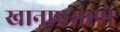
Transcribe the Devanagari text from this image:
खानाप्रमाणे